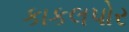
કાકલપોર